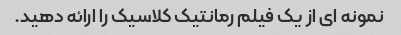
نمونه ای از یک فیلم رمانتیک کلاسیک را ارائه دهید.